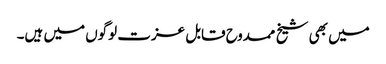
میں بھی شیخ ممدوح قابل عزت لوگوں میں ہیں۔